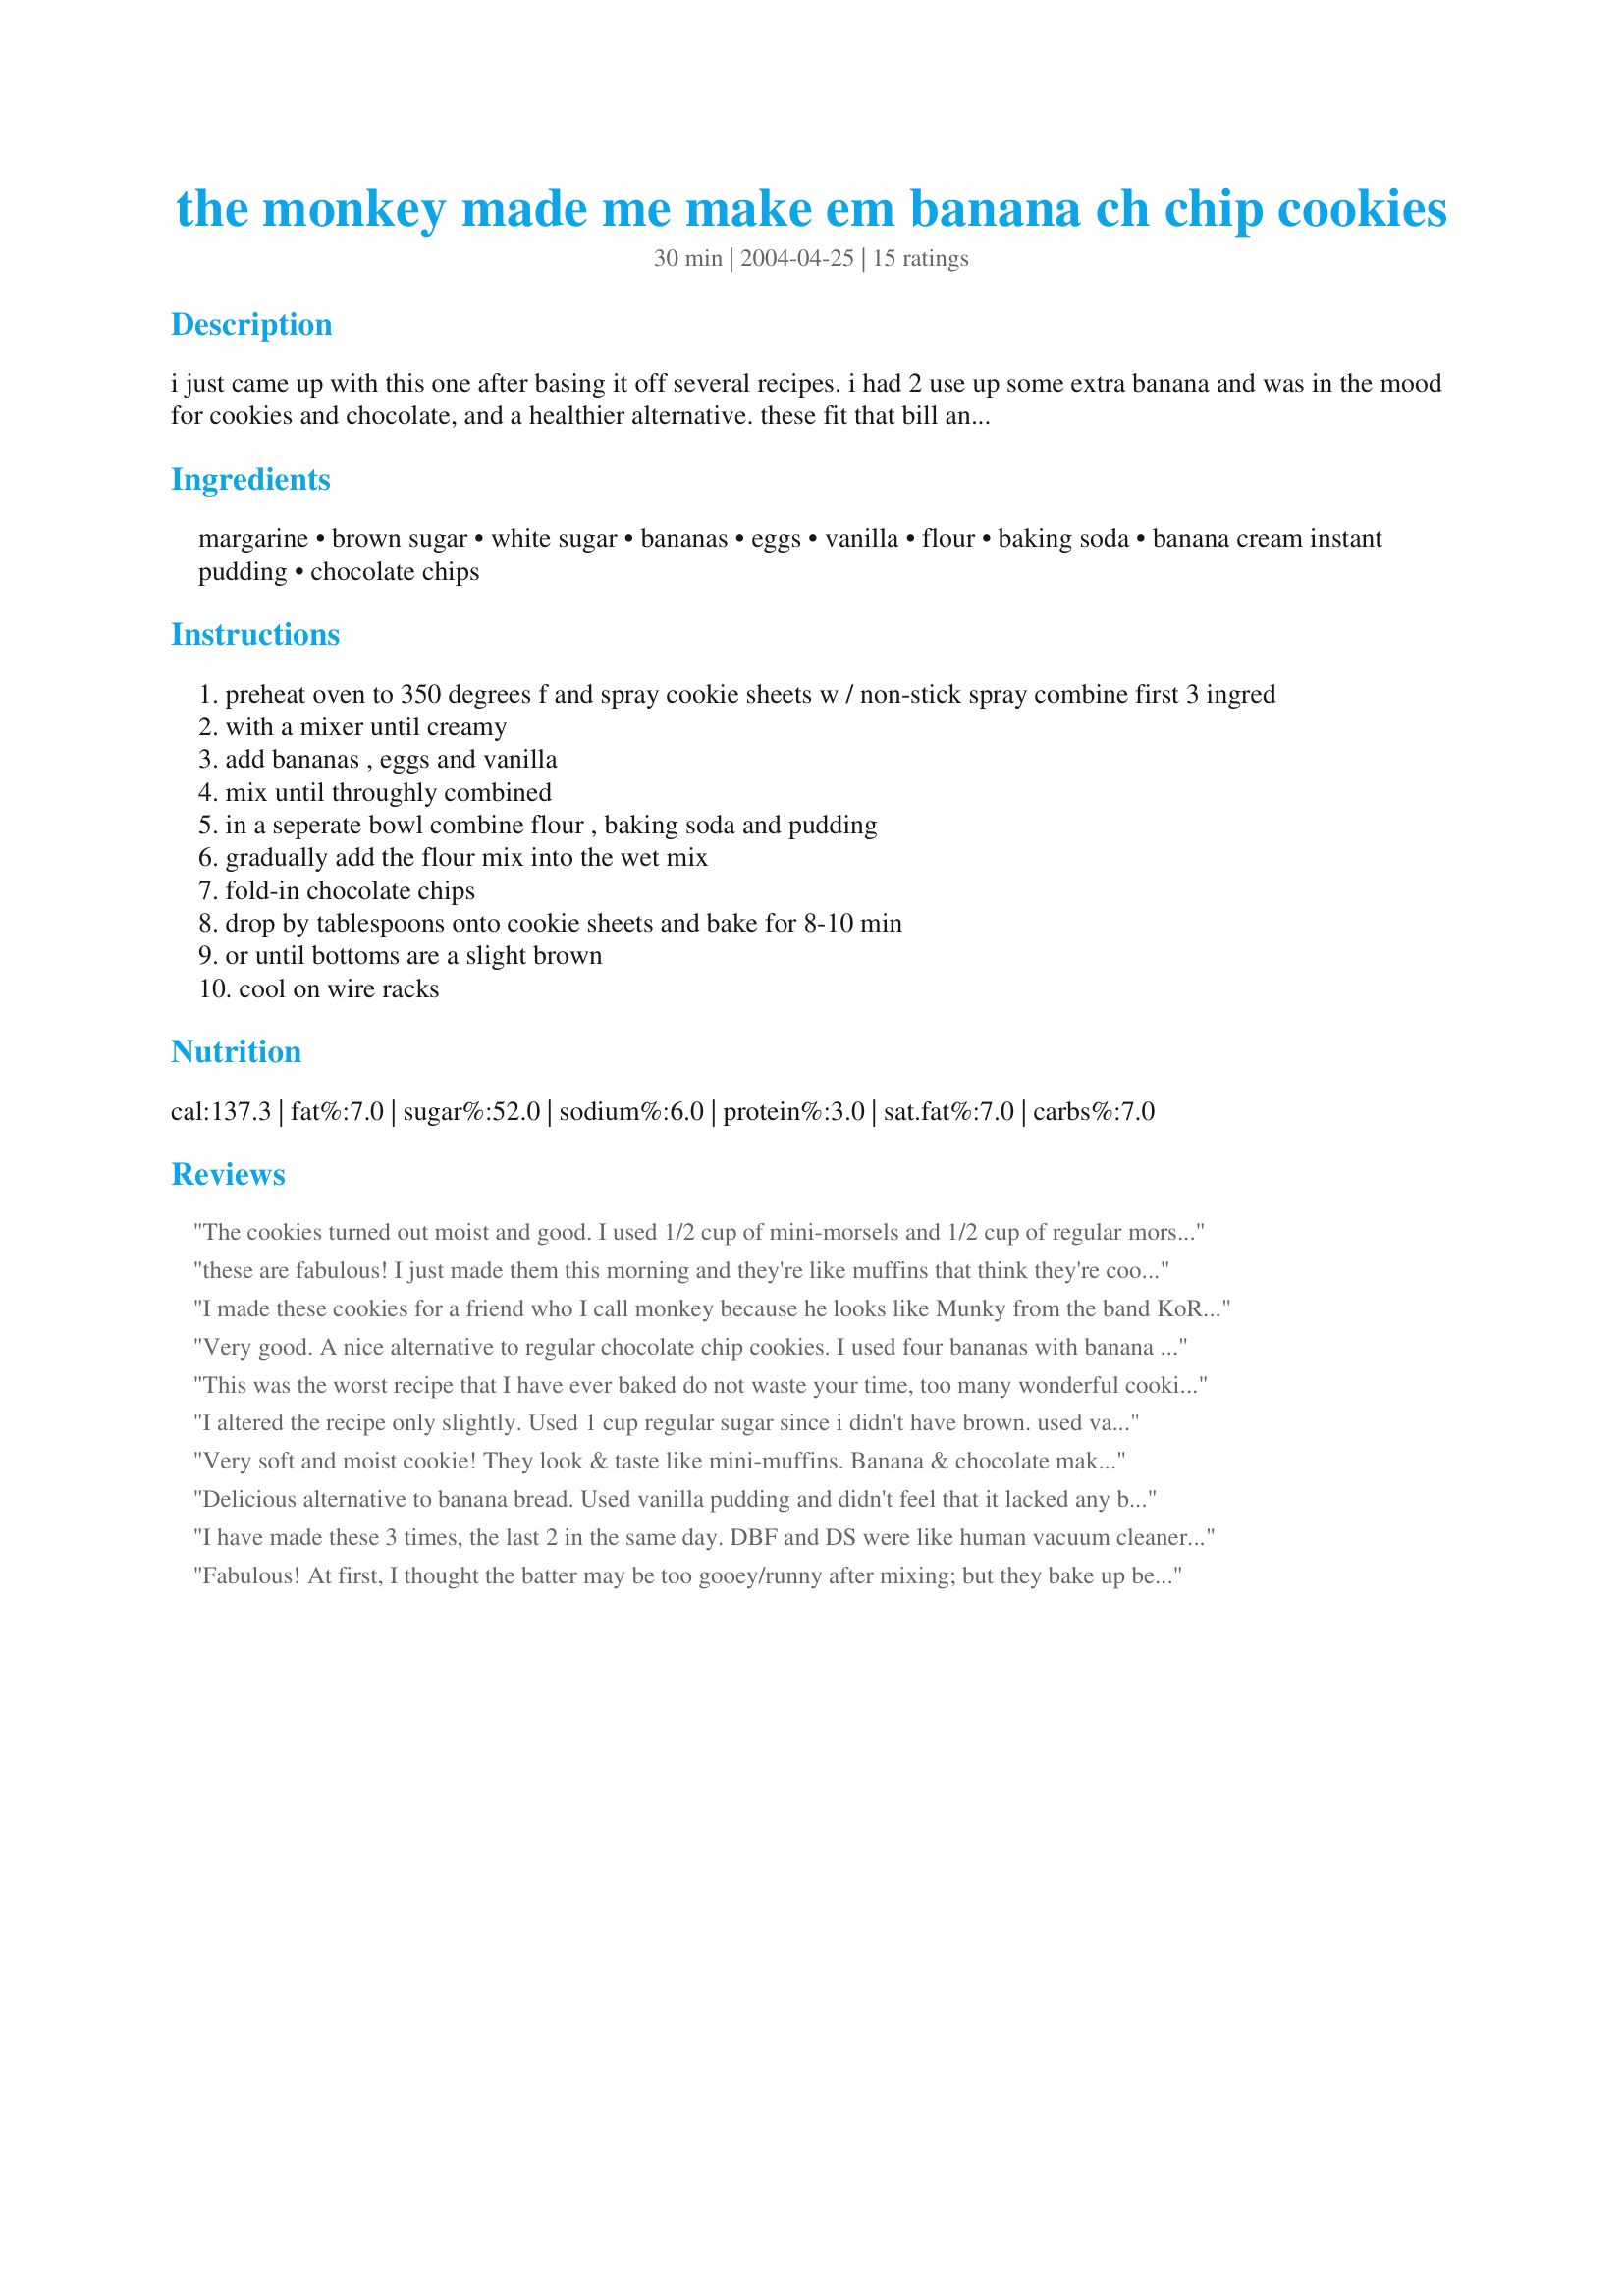
the monkey made me make em banana ch chip cookies
Preparation time: 30 minutes

i just came up with this one after basing it off several recipes. i had 2 use up some extra banana and was in the mood for cookies and chocolate, and a healthier alternative. these fit that bill and taste great, like a chocolate covered banana!!

Ingredients:
margarine, brown sugar, white sugar, bananas, eggs, vanilla, flour, baking soda, banana cream instant pudding, chocolate chips

Steps:
preheat oven to 350 degrees f and spray cookie sheets w / non-stick spray combine first 3 ingred
with a mixer until creamy
add bananas , eggs and vanilla
mix until throughly combined
in a seperate bowl combine flour , baking soda and pudding
gradually add the flour mix into the wet mix
fold-in chocolate chips
drop by tablespoons onto cookie sheets and bake for 8-10 min
or until bottoms are a slight brown
cool on wire racks

Reviews:
The cookies turned out moist and good. I used 1/2 cup of mini-morsels and 1/2 cup of regular morsels. I forgot the bannana pudding at the store and had to use the surgar free vinilla that I had on hand. I used all-purpose flour not the 1/2 wheat flour suggestion.
I felt the chocolate chips overpowered the bannana flavor. Using bannana pudding may well solve this. I will make them again using the bannana pudding and re-review if needed. Thanks
these are fabulous! I just made them this morning and they're like muffins that think they're cookies (or vice versa). very easy to make and super yummy. thanks for the recipe :)
I made these cookies for a friend who I call monkey because he looks like Munky from the band KoRn, and I swear that he and 3 other friends ate every last cookie in one sitting...boys. Let it be known to the world of recipezaar that these cookies are deeeeelicious. Thanx Katrina for a great recipe.
Very good. A nice alternative to regular chocolate chip cookies. I used four bananas with banana pudding. I really like chocolate chips with banana flavoring. Thank you for posting, Katrina.
This was the worst recipe that I have ever baked do not waste your time, too many wonderful cookies out there.
I altered the recipe only slightly. Used 1 cup regular sugar since i didn't have brown. used vanilla pudding(thank god, because if i used banana cream they would have tasted too much like bananas) and i used 1/2 choc chip and 1/2 peanut butter chips since i didn't have enough chocolate. they were wonderful and we finished them all up!
Very soft and moist cookie! They look & taste like mini-muffins. Banana & chocolate make a nice flavour combo!!
Delicious alternative to banana bread. Used vanilla pudding and didn't feel that it lacked any banana flavor; in fact, not sure if I wanted any more.
I have made these 3 times, the last 2 in the same day. DBF and DS were like human vacuum cleaners as I was taking the first batch from the oven. When DS came home from work he says "Mom the guys at work liked those cookies so much can you make another batch?" BF agreed, so much for me getting a reserve in the freezer. I did use vanilla pudding and mini chips and believe me there are worth 10 stars in this house! Thanx Katrina!!!
Fabulous! At first, I thought the batter may be too gooey/runny after mixing; but they bake up beautiful and puffy. Don't overbake.I will definately make again.
These turned out really good. They are definately "cake" like cookies so if you don't like that you won't like them. I used the vanilla pudding(I thought I had banana and found I did not) and they turned out fine. The banana flavor would have been stronger with that. This makes a lot of cookies...I got 45 good sized cookies. Will definately make again.
The kids loved these cookies! Soft and moist like banana bread in cookie form. I used half wheat flour with great results. The recipe makes more than listed but it's hard to say how many as they were picked off the racks almost immediately. Thanks, Katrina, for a yummy recipe!
I've made cake like cookies before and loved them, but these were not what I was expecting, almost like a muffin, the texture just was'nt there for me. If your looking for a cookie recipe this is not one I would try.
Very tasty way to use up bananas. I used sugar free pudding but everything else as directed. I wish I had thought of it before I baked but this would be good with half peanut butter chips and half choc chips too! Next time! Thanks!!
I told my kids the name of this recipe and they walked around the house making monkey noises! These were excellent cookies with a nice banana/chocolate flavor. I used 1/4 cup white sugar, a 1/4 cup splenda, and the brown sugar called for. I also used 1/2 butter & 1/2 canola oil. I used 1 cup whole wheat and the rest white, and I used 4 egg whites in place of the whole eggs. Then since I had saved so much fat, I used 1 1/4 cups chocolate chips! I also used fat free sugar free banana cream pudding. They were really moist. I think I might play around with lowering the added fat a bit. Really wonderful. Thanks!
